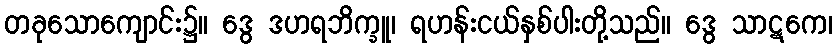
တခုသောကျောင်း၌။ ဒွေ ဒဟရဘိက္ခူ၊ ရဟန်းငယ်နှစ်ပါးတို့သည်။ ဒွေ သာဋကေ၊